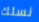
نسلك